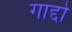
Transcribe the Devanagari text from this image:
गाद्दो